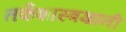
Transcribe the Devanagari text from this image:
तर्कशास्त्रज्ञांनी